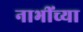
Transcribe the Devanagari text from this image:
नाभींच्या